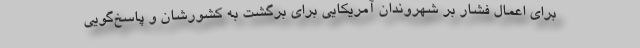
برای اعمال فشار بر شهروندان آمریکایی برای برگشت به کشورشان و پاسخ‌گویی